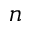
n